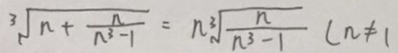
\sqrt [ 3 ] { n + \frac { n } { n ^ { 3 } - 1 } } = n \sqrt [ 3 ] { \frac { n } { n ^ { 3 } - 1 } } ( n \neq 1